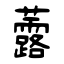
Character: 虂